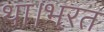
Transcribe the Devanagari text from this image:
था।भरत